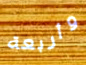
وأربعة